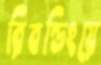
রিবন্ডিংয়ে